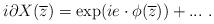
LaTeX: \begin{align*}i \partial X ({\overline z}) = \exp (i e \cdot \phi ({\overline z})) + ...~.\end{align*}